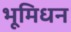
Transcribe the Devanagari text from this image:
भूमिधन